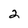
Character: 2